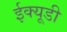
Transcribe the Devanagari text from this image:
ईक्यूडी